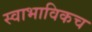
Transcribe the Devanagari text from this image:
स्‍वाभाविकच